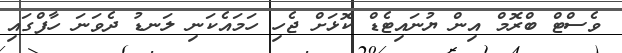
ވެސްޓް ބްރޮމް އިން ޔުނައިޓެޑް ކޮޅަށް ޖެހި ހަމައެކަނި ލަނޑު ދެވަނަ ހާފްގައި